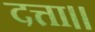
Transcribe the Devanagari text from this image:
दत्ता।।